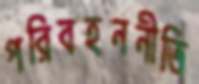
পরিবহননীতি